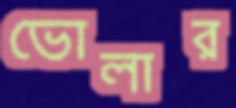
ভোলার